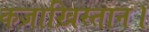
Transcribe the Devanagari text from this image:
कज़ाख़िस्तान।